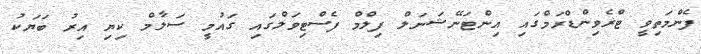
ފެންމަތިވީ ޓްޜެވިންޑްރަމްގައި އިންޓަނޭޝަނަލް ފިލްމް ފެސްޓިވަލްގައި ގައުމީ ސަލާމް ކިޔި އިރު ބަޔަކު